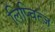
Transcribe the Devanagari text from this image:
लिप्चित्ज़